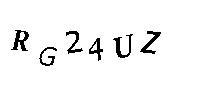
RG24UZ